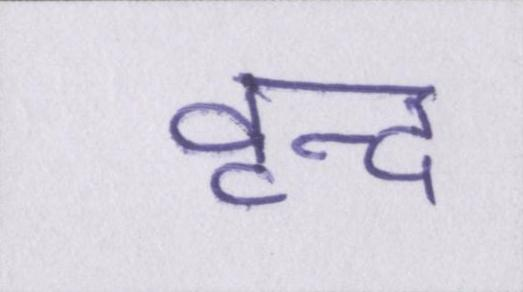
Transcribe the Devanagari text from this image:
वृन्द